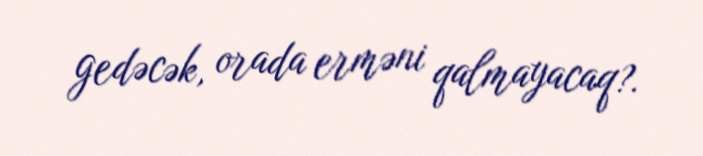
gedəcək, orada erməni qalmayacaq?.